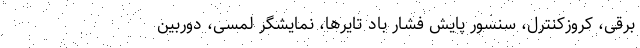
برقی، کروزکنترل، سنسور پایش فشار باد تایرها، نمایشگر لمسی، دوربین